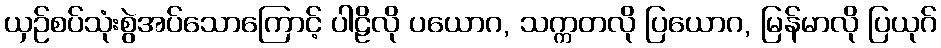
ယှဉ်စပ်သုံးစွဲအပ်သောကြောင့် ပါဠိလို ပယောဂ, သက္ကတလို ပြယောဂ, မြန်မာလို ပြယုဂ်